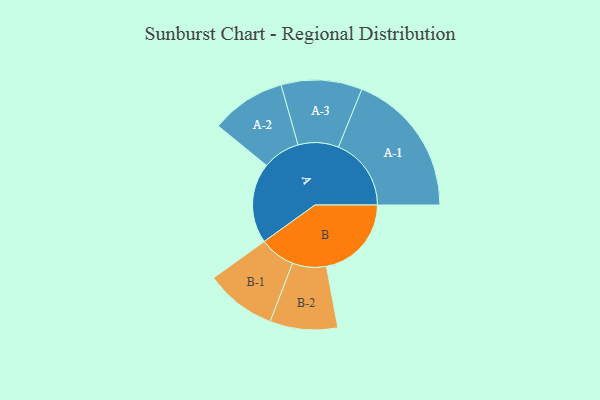
{"axis": {"x": "Segment", "y": "Value"}, "legend": ["", "A", "B"], "data": [{"x": "A", "y": 315, "type": ""}, {"x": "B", "y": 334, "type": ""}, {"x": "A-1", "y": 286, "type": "A"}, {"x": "A-2", "y": 147, "type": "A"}, {"x": "A-3", "y": 159, "type": "A"}, {"x": "B-1", "y": 140, "type": "B"}, {"x": "B-2", "y": 133, "type": "B"}]}